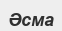
Әсма